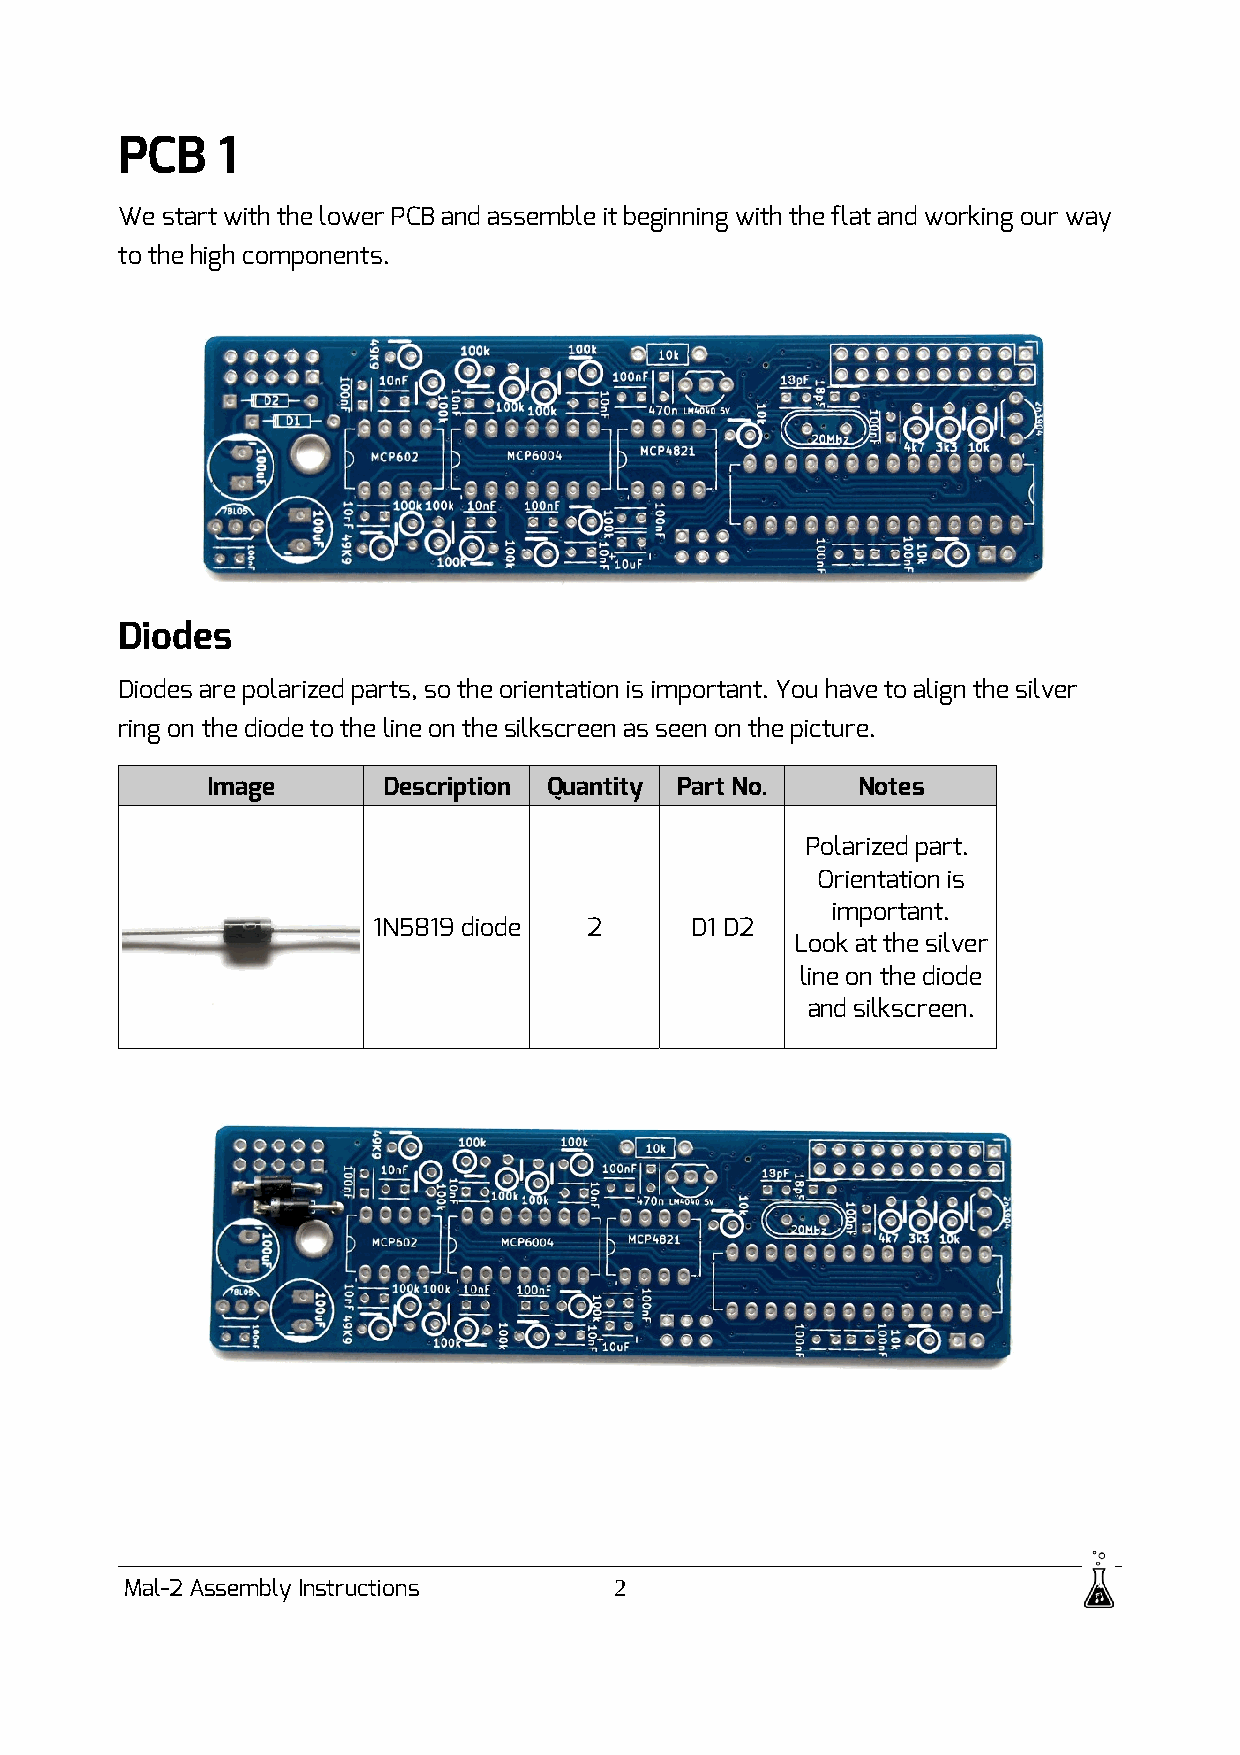
PCB   1
 We start with the lower PCB and assemble it beginning with the flat and working our way
 to the high components.
 Diodes
 Diodes are polarized parts, so the orientation is important. You have to align the silver
 ring on the diode to the line on the silkscreen as seen on the picture.
 Image      Description Quantity Part No.   Notes
 Polarized part.
 Orientation is
 important.
 1N5819 diode  2      D1 D2
 Look at the silver
 line on the diode
 and silkscreen.
 Mal-2 Assembly Instructions      2